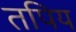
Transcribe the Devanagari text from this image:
तपिय